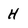
Character: H